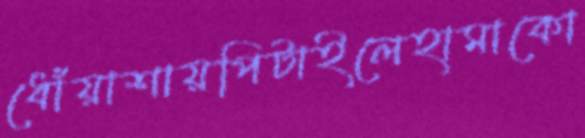
ধোঁয়াশায়পিটাইলেহামাকো